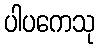
ပါပကေသု